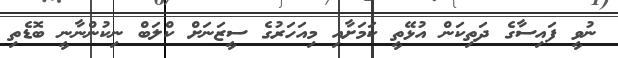
ނުވީ ފައިސާގެ ދަތިކަން އުޅޭތީ ކަމަށާއި މިއަހަރުގެ ސީޒަނަށް ކްލަބް ނިކުންނާނީ ބޮޑެތި